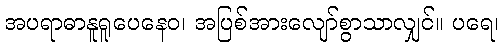
အပရာဓာနူရူပေနေဝ၊ အပြစ်အားလျော်စွာသာလျှင်။ ပရေ၊